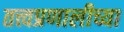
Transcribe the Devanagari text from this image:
तत्त्वप्रणालीच्या